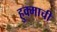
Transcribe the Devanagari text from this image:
हुक्माची